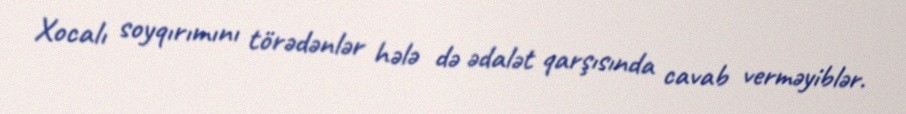
Xocalı soyqırımını törədənlər hələ də ədalət qarşısında cavab verməyiblər.